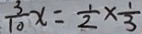
\frac { 3 } { 1 0 } x = \frac { 1 } { 2 } \times \frac { 1 } { 3 }